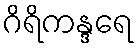
ဂိရိကန္ဒရေ